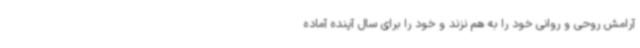
آرامش روحی و روانی خود را به هم نزند و خود را برای سال آینده آماده